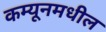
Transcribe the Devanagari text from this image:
कम्यूनमधील